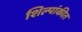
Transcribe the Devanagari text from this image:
शिल्पांकीत